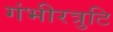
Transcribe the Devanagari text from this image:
गंभीरत्रुटि